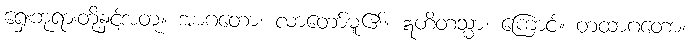
ရှေးဘုရားတို့နှင့်အတူ။ အာဂတော၊ လာတော်မူ၏။ ဣတိတသ္မာ၊ ကြောင့်။ တထာဂတော၊